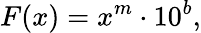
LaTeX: F(x)=x^{m}\cdot 10^{b},